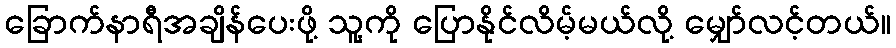
ခြောက်နာရီအချိန်ပေးဖို့ သူ့ကို ပြောနိုင်လိမ့်မယ်လို့ မျှော်လင့်တယ်။